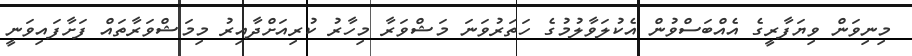
މިނިވަން ވިޔަފާރީގެ އެއްބަސްވުން އެކުލަވާލުމުގެ ހަތަރުވަނަ މަޝްވަރާ މިހާރު ކުރިއަށްދާއިރު މިމަޝްވަރާތައް ފަށާފައިވަނީ